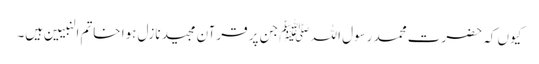
کیوں کہ حضرت محمد رسول اللہ ﷺ جن پر قرآن مجید نازل ہوا خاتم النبیین ہیں۔